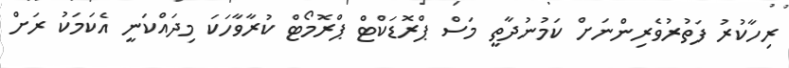
ރިހާކުރު ފަތުރުވެރިންނަށް ކަމުނުދާތީ މަސް ޕްރޮޑަކްޓް ޕްރޮމޯޓް ކުރާވާހަކަ މިދައްކަނީ އެކަމަކު ރަށް